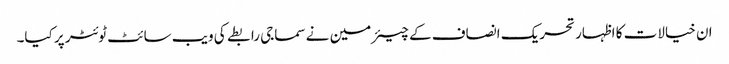
ان خیالات کا اظہار تحریک انصاف کے چیئرمین نے سماجی رابطے کی ویب سائٹ ٹوئٹر پر کیا۔